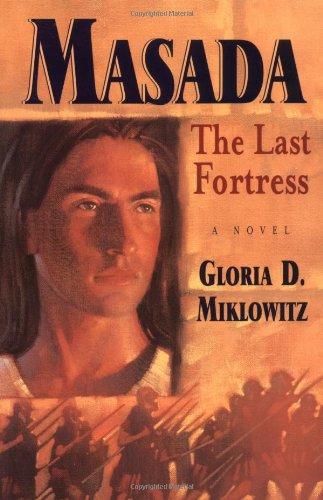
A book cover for Masada: The Last Fortress; Gloria D. Miklowitz; Teen & Young Adult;